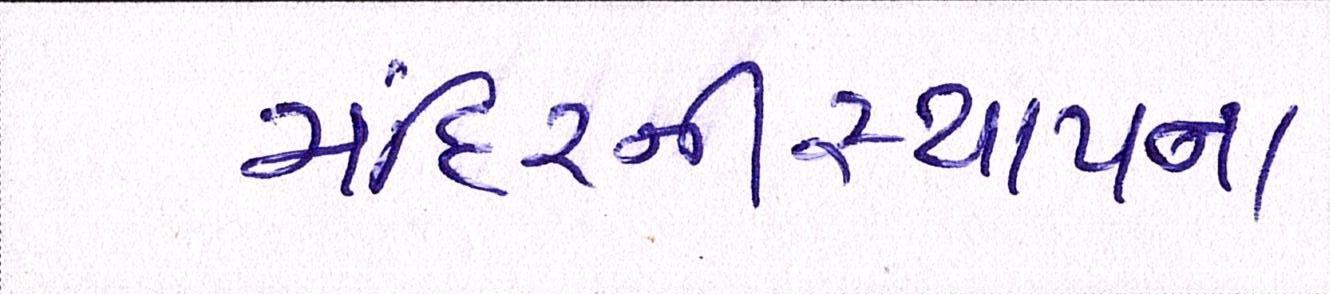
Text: મંદિરનીસ્થાપના